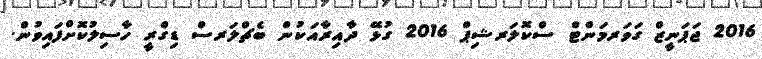
2016 ޖަޕަނީޒް ގަވަރމަންޓް ސްކޮލަރޝިޕް 2016 ގުޅޭ ދާއިރާއަކުން ބެޗްލަރސް ޑިގްރީ ހާސިލުކޮށްފައިވުން.